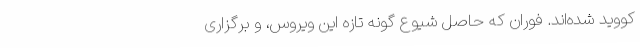
کووید شده‌اند. فوران که حاصل شیوع گونهٔ تازهٔ این ویروس، و برگزاری